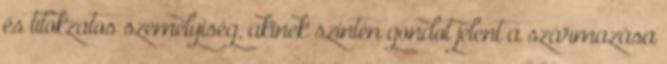
és titokzatos személyiség, akinek szintén gondot jelent a származása